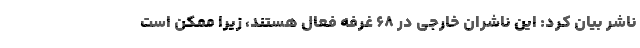
ناشر بیان کرد: این ناشران خارجی در ۶۸ غرفه فعال هستند، زیرا ممکن است